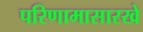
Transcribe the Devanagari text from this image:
परिणामासारखे